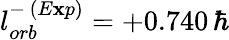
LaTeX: l_{orb}^{-\, (E\mathbf{x}p)}=+0.740\, \hbar